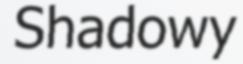
Shadowy